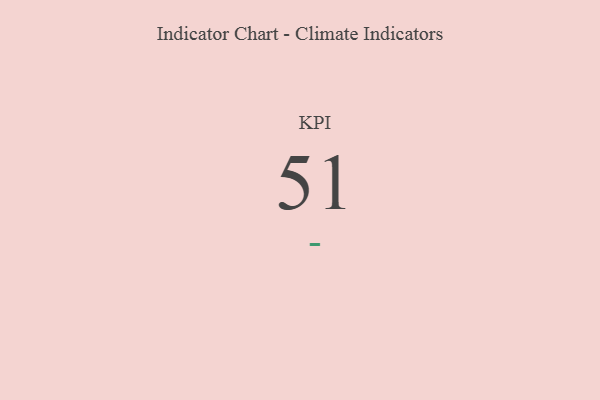
{"axis": {"x": "KPI", "y": "Value"}, "legend": [""], "data": [{"x": "KPI", "y": 51, "type": ""}]}